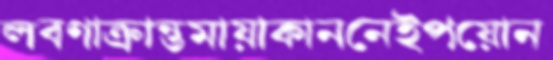
লবণাক্রান্তমায়াকাননেইপয়োন